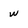
Character: w